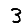
Digit: 3